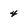
Character: 4